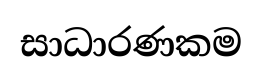
සාධාරණකම